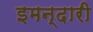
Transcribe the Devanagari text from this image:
इमन्दारी